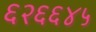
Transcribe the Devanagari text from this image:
६२६६४५